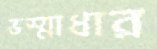
ভস্মাধার